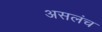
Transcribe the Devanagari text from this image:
असलंच